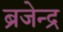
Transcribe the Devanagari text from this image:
ब्रजेन्‍द्र